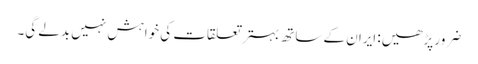
ضرور پڑھیں: ایران کے ساتھ بہتر تعلقات کی خواہش نہیں بدلے گی۔